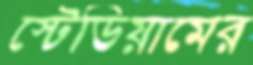
স্টেডিয়ামের